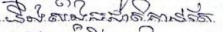
និងសង្គមជាតិកាន់តែ